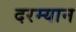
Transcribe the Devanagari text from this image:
दरम्‍यान